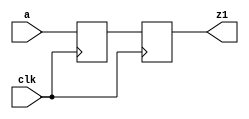
module no_bloqueante (
  // Inputs and output ports
  input a, clk,
  output reg z1
);

// Declaracin de seales [reg, wire]
reg q1;

// Descripcin del comportamiento
// La asignacin NO Bloqueante modela las escrituras de flip-flops
// Se calcula primero los valores de la derecha de todas las asignaciones,
// tras lo anterior se asignan todas simultaneamente
// No importa el orden de las asignaciones no bloqueantes
always @ (posedge clk)
begin
  q1 <= a;
  z1 <= q1;
end

endmodule